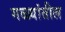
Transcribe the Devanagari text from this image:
गळ्यांतील